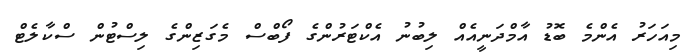
މިއަހަރު އެންމެ ބޮޑު އާމްދަނީއެއް ލިބުނު އެކްޓަރުންގެ ފޯބްސް މެގަޒިންގެ ލިސްޓުން ސްކާލެޓް